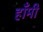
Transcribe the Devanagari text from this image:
हाँमी